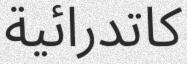
كاتدرائية